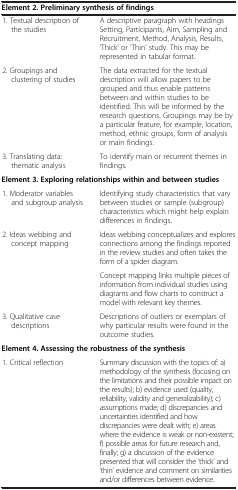
| <COLSPAN=2> Element 2. Preliminary synthesis of findings |
 | --- | --- |
 | 1. Textual description of the studies | A descriptive paragraph with headings Setting, Participants, Aim, Sampling and Recruitment, Method, Analysis, Results, ‘Thick’ or ‘Thin’ study. This may be represented in tabular format. |
 | 2. Groupings and clustering of studies | The data extracted for the textual description will allow papers to be grouped and thus enable patterns between and within studies to be identified. This will be informed by the research questions. Groupings may be by a particular feature, for example, location, method, ethnic groups, form of analysis or main findings. |
 | 3. Translating data: thematic analysis | To identify main or recurrent themes in findings. |
 | <COLSPAN=2> Element 3. Exploring relationships within and between studies |
 | 1. Moderator variables and subgroup analysis | Identifying study characteristics that vary between studies or sample (subgroup) characteristics which might help explain differences in findings. |
 | <ROWSPAN=2> 2. Ideas webbing and concept mapping | Ideas webbing conceptualizes and explores connections among the findings reported in the review studies and often takes the form of a spider diagram. |
 | Concept mapping links multiple pieces of information from individual studies using diagrams and flow charts to construct a model with relevant key themes. |
 | 3. Qualitative case descriptions | Descriptions of outliers or exemplars of why particular results were found in the outcome studies. |
 | <COLSPAN=2> Element 4. Assessing the robustness of the synthesis |
 | 1. Critical reflection | Summary discussion with the topics of: a) methodology of the synthesis (focusing on the limitations and their possible impact on the results); b) evidence used (quality, reliability, validity and generalizability); c) assumptions made; d) discrepancies and uncertainties identified and how discrepancies were dealt with; e) areas where the evidence is weak or non-existent; f) possible areas for future research and, finally; g) a discussion of the evidence presented that will consider the ‘thick’ and ‘thin’ evidence and comment on similarities and/or differences between evidence. |